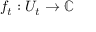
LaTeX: f _ { t } : U _ { t } \to \mathbb { C }